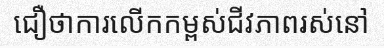
ជឿថាការលើកកម្ពស់ជីវភាពរស់នៅ